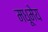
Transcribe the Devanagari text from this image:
मधूमेय